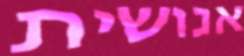
אנושית